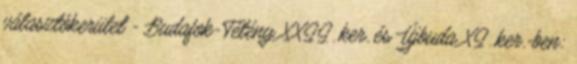
választókerület - Budafok-Tétény XXII. ker. és Újbuda XI. ker.-ben: